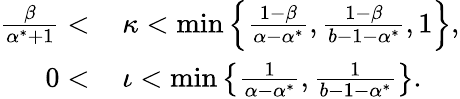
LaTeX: \begin{array}{rl}{\frac{\beta}{\alpha^{*}+1}<\, }&{\kappa<\operatorname*{min}\left\{ {\frac{1-\beta}{\alpha-\alpha^{*}},\frac{1-\beta}{b-1-\alpha^{*}},1}\right\} ,}\\ {0<\, }&{\iota<\operatorname*{min}\left\{ {\frac{1}{\alpha-\alpha^{*}},\frac{1}{b-1-\alpha^{*}}}\right\} .}\end{array}